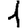
Digit: 1